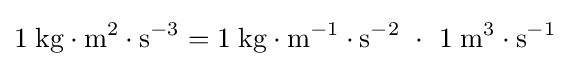
1\;{\text{kg}}\cdot {\text{m}}^{2}\cdot {\text{s}}^{-3}=1\;{\text{kg}}\cdot {\text{m}}^{-1}\cdot {\text{s}}^{-2}\ \cdot \ 1\;{\text{m}}^{3}\cdot {\text{s}}^{-1}